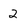
Character: 2